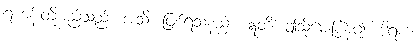
ရဟန်းတို့မည်သည်။ အသိ၊ ဖြစ်ရသနည်း။ ဣတိ၊ ဤသို့မေးပြန်၍။ ဒါရက၊